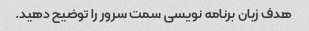
هدف زبان برنامه نویسی سمت سرور را توضیح دهید.